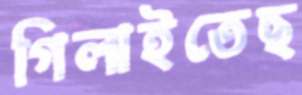
গিলাইতেছ